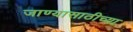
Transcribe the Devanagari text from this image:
जाण्यासाठीच्या